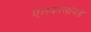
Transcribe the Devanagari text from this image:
ऐलकालाँयड